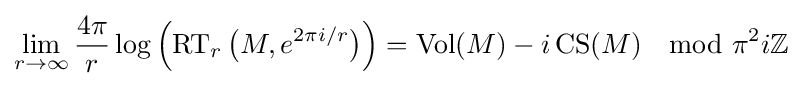
\lim _{r\to \infty }{\frac {4\pi }{r}}\log \left(\operatorname {RT} _{r}{\big (}M,e^{{2\pi i}/{r}}{\big )}\right)=\operatorname {Vol} (M)-i\operatorname {CS} (M)\mod \pi ^{2}i\mathbb {Z}